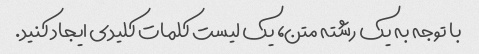
با توجه به یک رشته متن، یک لیست کلمات کلیدی ایجاد کنید.